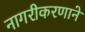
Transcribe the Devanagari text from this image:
नागरीकरणाने